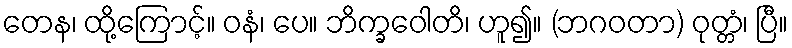
တေန၊ ထို့ကြောင့်။ ဝနံ၊ ပေ။ ဘိက္ခဝေါတိ၊ ဟူ၍။ (ဘဂဝတာ) ဝုတ္တံ၊ ပြီ။